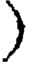
)